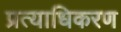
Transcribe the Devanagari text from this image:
प्रत्याधिकरण